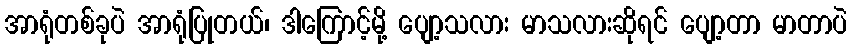
အာရုံတစ်ခုပဲ အာရုံပြုတယ်၊ ဒါကြောင့်မို့ ပျော့သလား မာသလားဆိုရင် ပျော့တာ မာတာပဲ